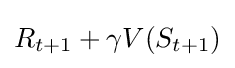
R_{t+1}+\gamma V(S_{t+1})